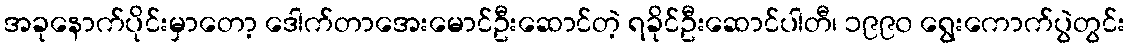
အခုနောက်ပိုင်းမှာတော့ ဒေါက်တာအေးမောင်ဦးဆောင်တဲ့ ရခိုင်ဦးဆောင်ပါတီ၊ ၁၉၉၀ ရွေးကောက်ပွဲတွင်း